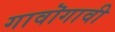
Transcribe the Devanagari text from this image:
गावॊगावी